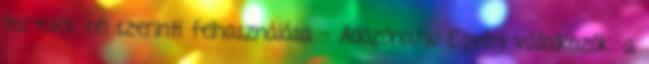
tartalék cél szerinti felhasználása - Adózóna.hu Egyéni vállalkozók: a